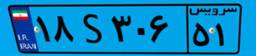
۴۳S۹۱۵۷۷